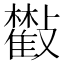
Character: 𣀧